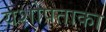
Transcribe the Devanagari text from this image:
यशोपताका